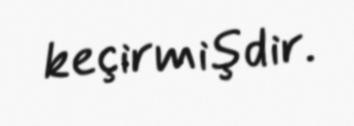
keçirmişdir.